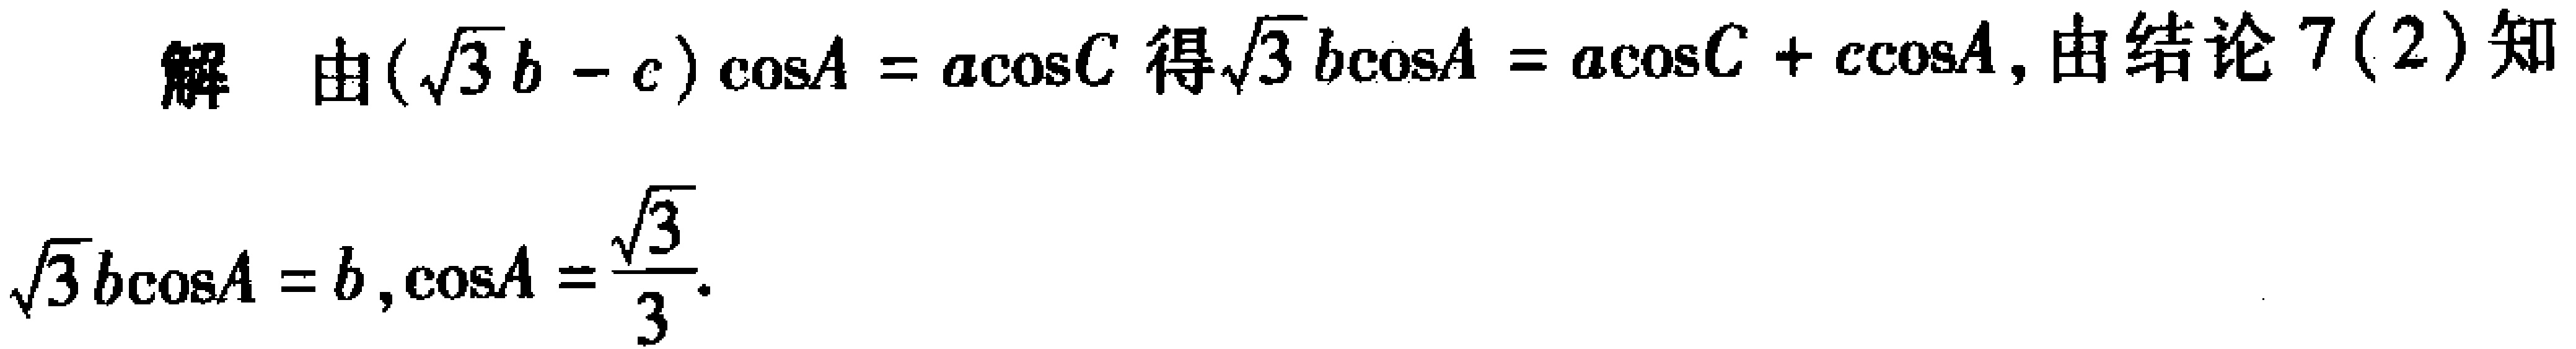
解 由\((\sqrt{3}b - c)\cos A = a\cos C\)得\(\sqrt{3}b\cos A = a\cos C + c\cos A\)，由结论7(2)知
\(\sqrt{3}b\cos A = b\)，\(\cos A = \frac{\sqrt{3}}{3}\)。